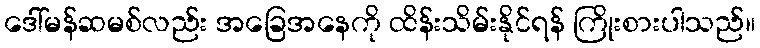
ဒေါ်မန်ဆမစ်လည်း အခြေအနေကို ထိန်းသိမ်းနိုင်ရန် ကြိုးစားပါသည်။